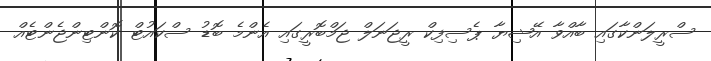
ސްރީލަންކާގައި ބާއްވާ އޭޝިޔާ ޕެސިފިކް ރީޖަނަލް ޖަމްބޮރީގައި އެންމެ ބޮޑު ސްކައުޓް ކޮންޓިންޖެންޓެއް